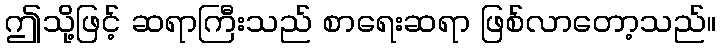
ဤသို့ဖြင့် ဆရာကြီးသည် စာရေးဆရာ ဖြစ်လာတော့သည်။